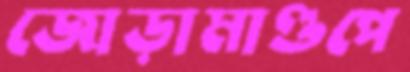
জোড়ামাণ্ডপে